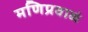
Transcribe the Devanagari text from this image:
मणिप्रवाळं